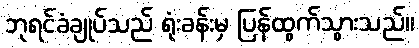
ဘုရင်ခံချုပ်သည် ရုံးခန်းမှ ပြန်ထွက်သွားသည်။